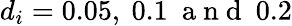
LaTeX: d_{i}=0.05,\ 0.1\ \mathrm{~a~n~d~}\ 0.2